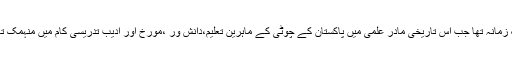
ایک زمانہ تھا جب اس تاریخی مادر علمی میں پاکستان کے چوٹی کے ماہرین تعلیم،دانش ور ،مورخ اور ادیب تدریسی کام میں منہمک تھے۔